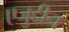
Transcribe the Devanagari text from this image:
एजुद्दीन